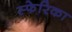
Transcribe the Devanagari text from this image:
स्फेरिका